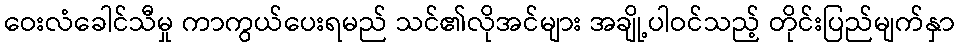
ဝေးလံခေါင်သီမှု ကာကွယ်ပေးရမည် သင်၏လိုအင်များ အချို့ပါဝင်သည့် တိုင်းပြည်မျက်နှာ